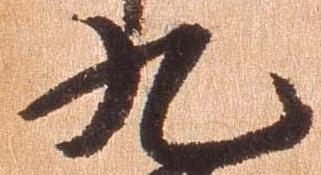
九